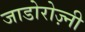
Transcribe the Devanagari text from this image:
जाडोरोज़्नी